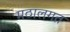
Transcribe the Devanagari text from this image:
मठालगत